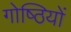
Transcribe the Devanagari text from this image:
गोष्‍ठियों